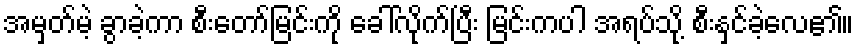
အမှတ်မဲ့ ခွာခဲ့ကာ စီးတော်မြင်းကို ခေါ်လိုက်ပြီး မြင်းကပါ အရပ်သို့ စီးနှင်ခဲ့လေ၏။